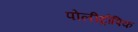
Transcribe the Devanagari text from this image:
पोलीट्रोपिक